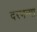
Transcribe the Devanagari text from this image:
दरभन्गा